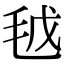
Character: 𣬽